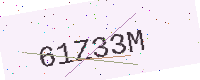
Text: 61Z33M